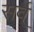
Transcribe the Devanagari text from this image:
सर्व्